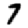
Digit: 7